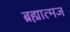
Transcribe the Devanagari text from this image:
ब्रह्मात्मज